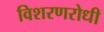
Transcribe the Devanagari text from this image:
विशरणरोधी